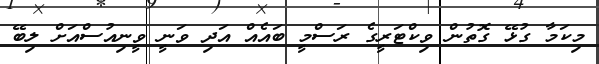
މިކަމާ ގުޅޭ ގޮތުން ވިކްޓަރީގެ ރަސްމީ ބައެއް އަދި ވަނީ ވީނިއުސްއަށް ލިބޭ